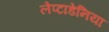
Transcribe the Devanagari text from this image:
लेप्टाडेनिया